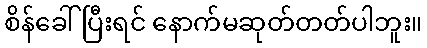
စိန်ခေါ်ပြီးရင် နောက်မဆုတ်တတ်ပါဘူး။